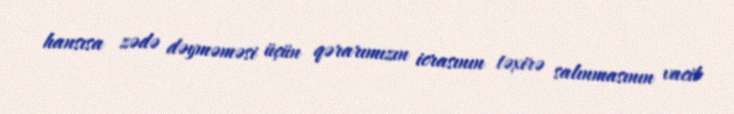
hansısa zədə dəyməməsi üçün qərarımızın icrasının təxirə salınmasının vacib